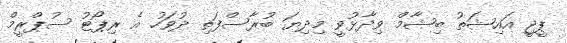
ޕީޖީ އައިޝަތު ބިޝާމް ވިދާޅުވީ މިދިޔަ ބުރާސްފަތި ދުވަހު އެ ރިޕޯޓު ސުޕްރީމް